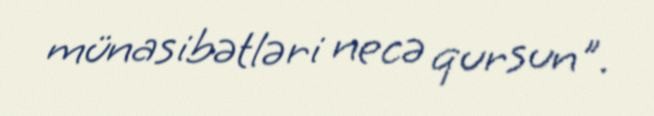
münasibətləri necə qursun".